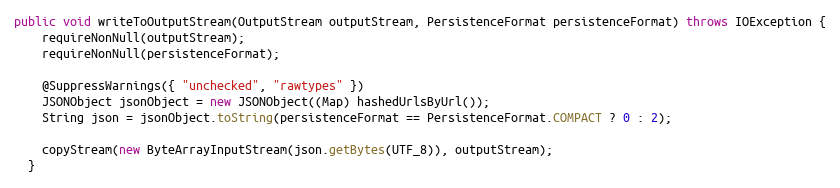
Language: Java
public void writeToOutputStream(OutputStream outputStream, PersistenceFormat persistenceFormat) throws IOException {
    requireNonNull(outputStream);
    requireNonNull(persistenceFormat);

    @SuppressWarnings({ "unchecked", "rawtypes" })
    JSONObject jsonObject = new JSONObject((Map) hashedUrlsByUrl());
    String json = jsonObject.toString(persistenceFormat == PersistenceFormat.COMPACT ? 0 : 2);

    copyStream(new ByteArrayInputStream(json.getBytes(UTF_8)), outputStream);
  }